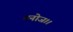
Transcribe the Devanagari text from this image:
मनोज।।